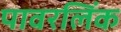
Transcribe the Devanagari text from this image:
पावरलिंक